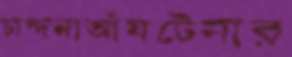
চান্দনাআঁষটেনার